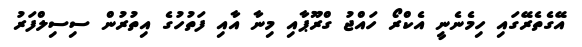
އޭގެތެރޭގައި ހިމެނެނީ އެކްރޯ ހައްޖު ގްރޫޕާއި މިނާ އާއި ފަތުހުގެ އިތުރުން ސިސިލްފަރު